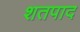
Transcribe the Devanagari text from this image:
शतपाद